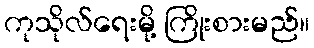
ကုသိုလ်ရေးမို့ ကြိုးစားမည်။